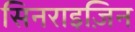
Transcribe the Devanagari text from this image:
सिनराइज़िन